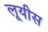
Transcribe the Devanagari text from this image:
लूयीस